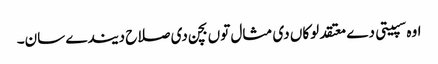
اوہ سپیتی دے معتقد لوکاں دی مثال توں بچن دی صلاح دیندے سان۔